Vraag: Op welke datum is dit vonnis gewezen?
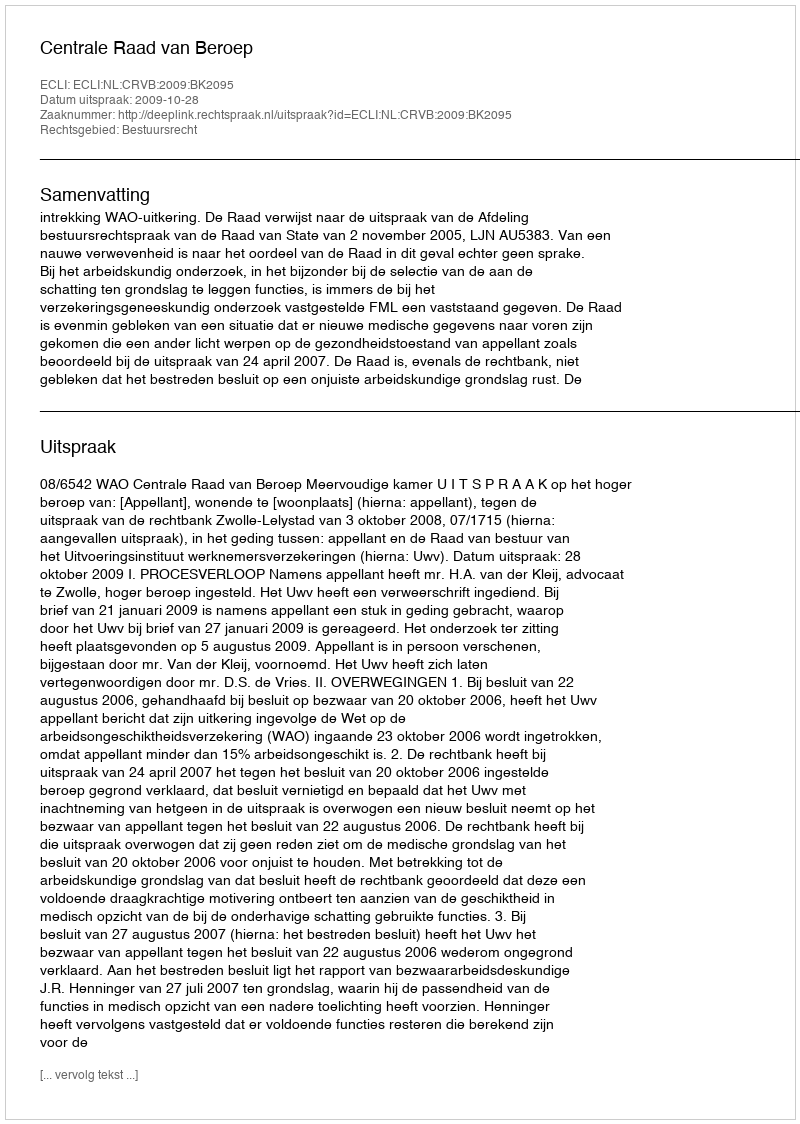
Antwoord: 2009-10-28